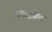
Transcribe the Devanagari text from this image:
त्वचादोषहर